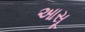
આસૂ